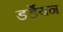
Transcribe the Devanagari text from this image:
डर्डेयन